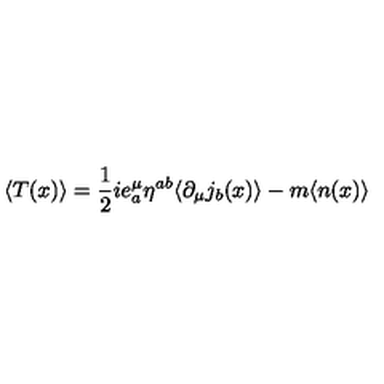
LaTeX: \langle T ( x ) \rangle = \frac { 1 } { 2 } i e _ { a } ^ { \mu } \eta ^ { a b } \langle \partial _ { \mu } j _ { b } ( x ) \rangle - m \langle n ( x ) \rangle